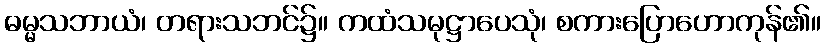
ဓမ္မသဘာယံ၊ တရားသဘင်၌။ ကထံသမုဋ္ဌာပေသုံ၊ စကားပြောဟောကုန်၏။